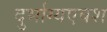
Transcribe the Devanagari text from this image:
दुर्भाग्यएवश